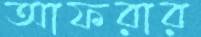
আফরার